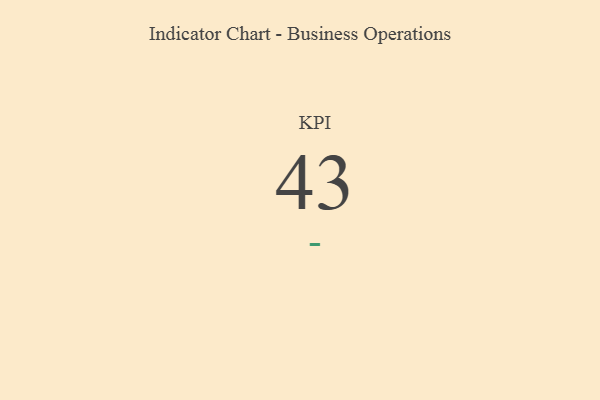
{"axis": {"x": "KPI", "y": "Value"}, "legend": [""], "data": [{"x": "KPI", "y": 43, "type": ""}]}